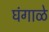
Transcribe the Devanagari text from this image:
घंगाळे